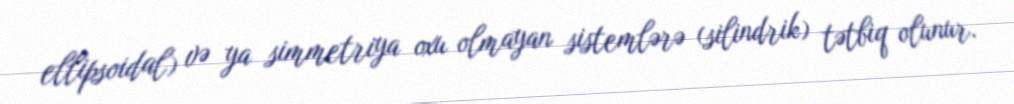
ellipsoidal) və ya simmetriya oxu olmayan sistemlərə (silindrik) tətbiq olunur.